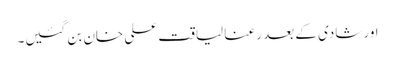
اور شادی کے بعد رعنا لیاقت علی خان بن گئیں۔